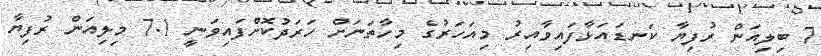
7 ބިލިއަން ރުފިޔާ ކަނޑައަޅާފައިވާއިރު މިއަހަރުގެ މިހާތަނަށް ހަރަދުކޮށްފައިވަނީ 7.1 މިލިއަން ރުފިޔާ